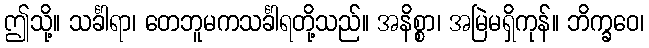
ဤသို့။ သင်္ခါရာ၊ တေဘူမကသင်္ခါရတို့သည်။ အနိစ္စာ၊ အမြဲမရှိကုန်။ ဘိက္ခဝေ၊